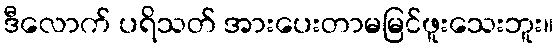
ဒီလောက် ပရိသတ် အားပေးတာမမြင်ဖူးသေးဘူး။